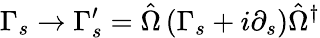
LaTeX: \Gamma_{s}\rightarrow\Gamma_{s}^{\prime}=\hat{\Omega}\left(\Gamma_{s}+i\partial_{s}\right)\hat{\Omega}^{\dagger}